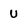
Character: U